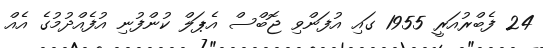
24 ފެބްރުއަރީ 1955 ގައި އުފަންވި ޖޮބްސް އެޕަލް ކުންފުނި އުފެއްދުމުގެ އެއް